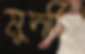
মুদছি